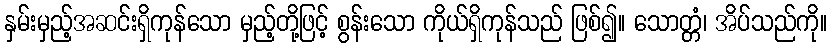
နှမ်းမှည့်အဆင်းရှိကုန်သော မှည့်တို့ဖြင့် စွန်းသော ကိုယ်ရှိကုန်သည် ဖြစ်၍။ သောတ္တံ၊ အိပ်သည်ကို။